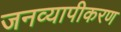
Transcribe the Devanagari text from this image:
जनव्यापीकरण